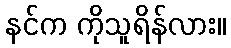
နင်က ကိုသူရိန်လား။